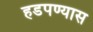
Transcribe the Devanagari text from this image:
हडपण्यास